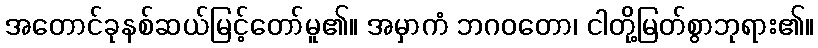
အတောင်ခုနစ်ဆယ်မြင့်တော်မူ၏။ အမှာကံ ဘဂဝတော၊ ငါတို့မြတ်စွာဘုရား၏။